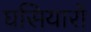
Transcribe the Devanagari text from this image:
घसियारों